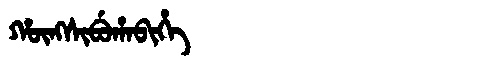
Manchu: ᡥᡡᠩᠰᡳᠪᡠᡥᠠᠪᡳᡥᡝ
Romanization: HŪNGSIBUHABIHE